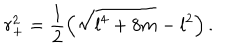
LaTeX: r _ { + } ^ { 2 } = \frac { 1 } { 2 } \left( \sqrt { l ^ { 4 } + 8 m } - l ^ { 2 } \right) .